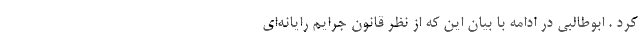
کرد . ابوطالبی در ادامه با بیان این که از نظر قانون جرایم رایانه‌ای